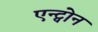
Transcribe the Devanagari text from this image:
एन्ट्वोन